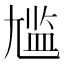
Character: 尴